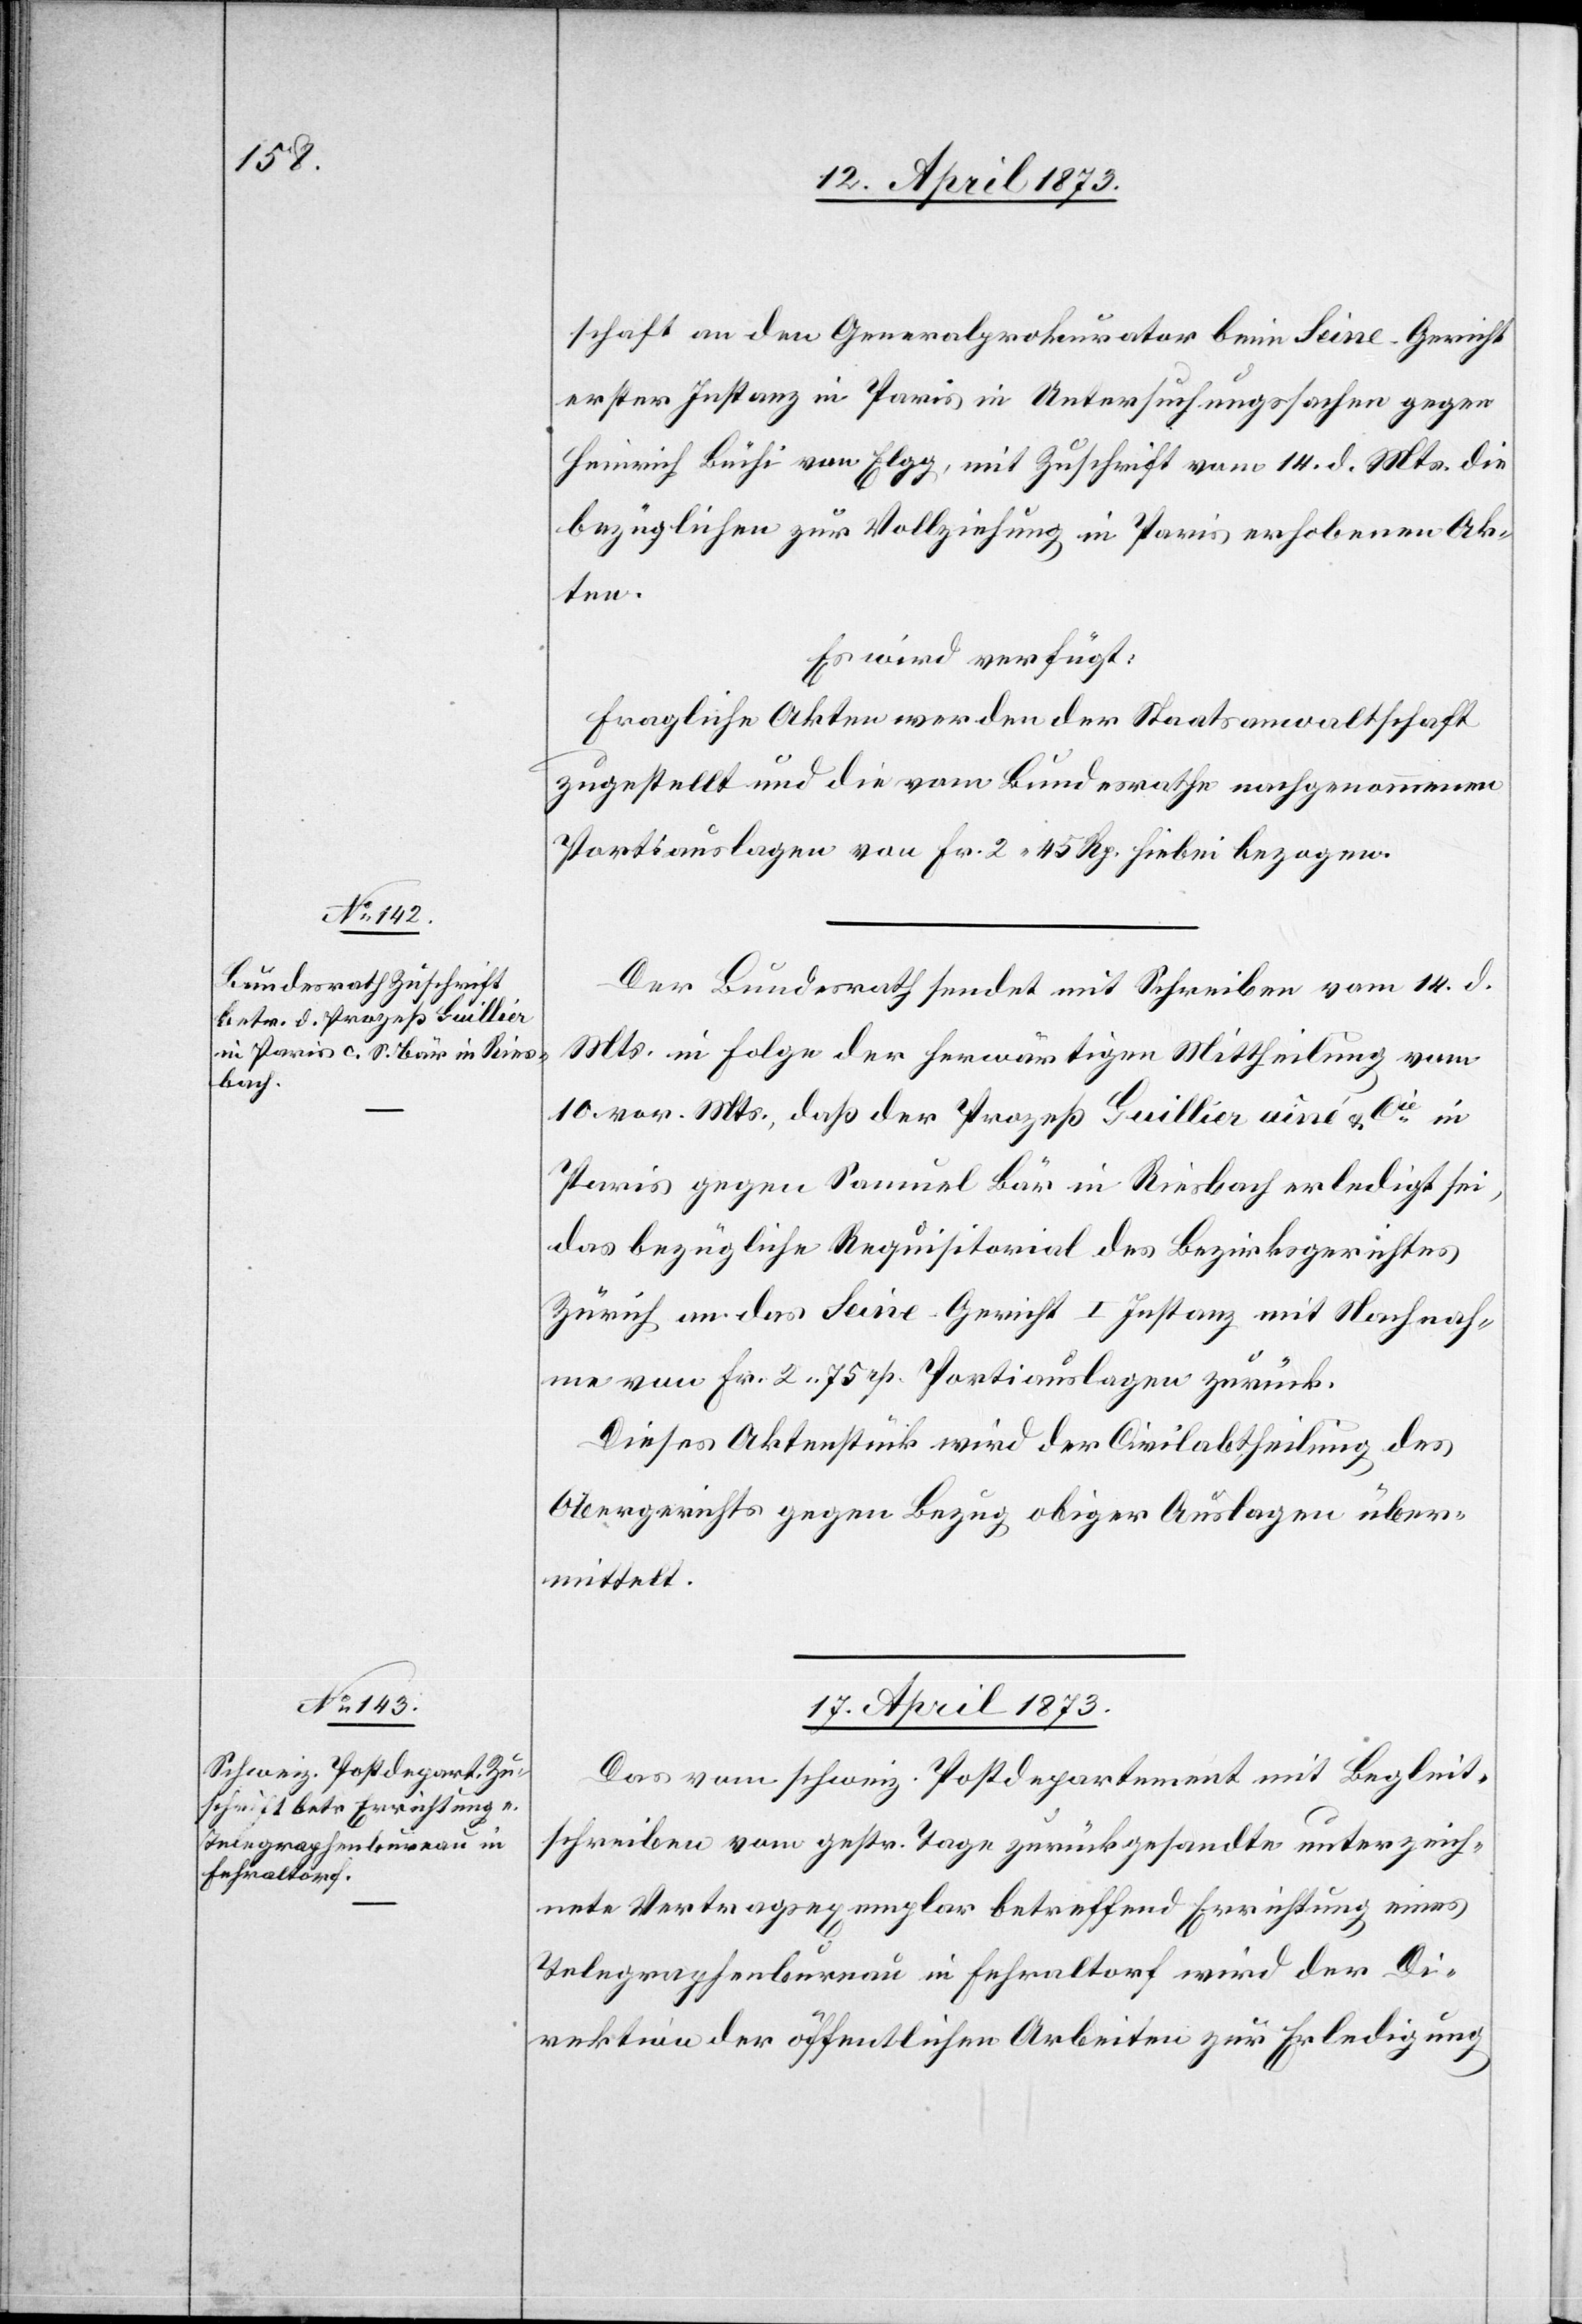
16. April 1873.]
schaft an den Generalprokurator beim Seine-Gericht
erster Instanz in Paris in Untersuchungssachen gegen
Heinrich Büchi von Elgg, mit Zuschrift vom 14. d. Mts. die
bezüglichen zur Vollziehung in Paris erhobenen Ak¬
ten.
Es wird verfügt:
Fragliche Akten werden der Staatsanwaltschaft
zugestellt und die vom Bundesrathe nachgenommenen
Portiauslagen von Fr. 2 45 Rp. hiebei bezogen.
Der Bundesrath sendet mit Schreiben vom 14. d.
Mts. in Folge der herwärtigen Mittheilung vom
10. vor. Mts., daß der Prozeß Guillier aîné & Cie in
Paris gegen Samuel Bär in Riesbach erledigt sei,
das bezügliche Requisitorial des Bezirksgerichtes
Zürich an das Seine-Gericht I Instanz mit Nachnah¬
me von Fr. 2 75 rp. Portiauslagen zurück.
Dieses Aktenstück wird der Civilabtheilung des
Obergerichts gegen Bezug obiger Auslagen über¬
mittelt.
17. April 1873.
Das vom schweiz. Postdepartement mit Begleit¬
schreiben vom gestr. Tage zurückgesandte unterzeich¬
nete Vertragsexemplar betreffend Errichtung eines
Telegraphenbureau in Fehraltorf wird der Di¬
rektion der öffentlichen Arbeiten zur Erledigung